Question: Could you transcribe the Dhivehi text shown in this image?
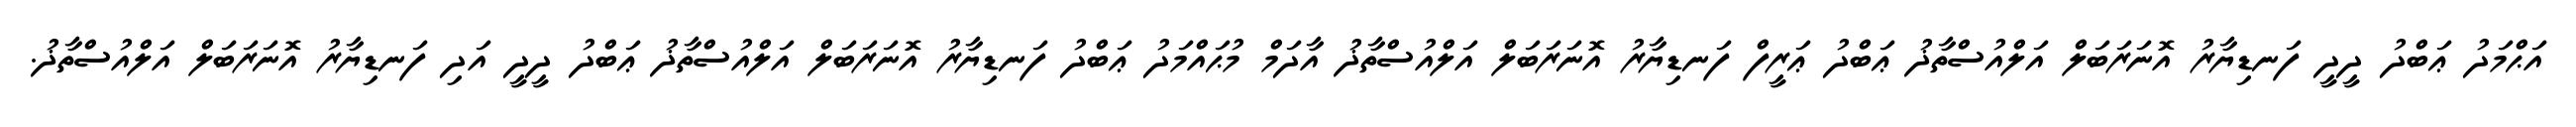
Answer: އަޙްމަދު ޢަބްދު ދީދީ ފަނޑިޔާރު އޮނަރަބަލް އަލްއުސްތާޛު ޢަބްދު ޢަރީފް ފަނޑިޔާރު އޮނަރަބަލް އަލްއުސްތާޛު އާދަމް މުޙައްމަދު ޢަބްދު ފަނޑިޔާރު އޮނަރަބަލް އަލްއުސްތާޛު ޢަބްދު ދީދީ އަދި ފަނޑިޔާރު އޮނަރަބަލް އަލްއުސްތާޛު.